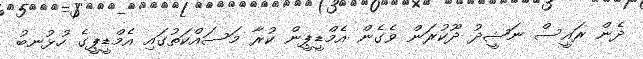
ދެން ރައީސް ނަޝީދު ދޫކުރަން ވެގެން އެމްޑީޕީން ކުރާ މަސައްކަތުގައި އެމްޑީޕީގެ ހުޅުނބު